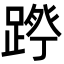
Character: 𮛷